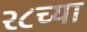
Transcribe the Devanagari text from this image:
२८च्या